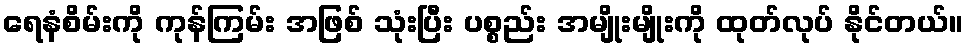
ရေနံစိမ်းကို ကုန်ကြမ်း အဖြစ် သုံးပြီး ပစ္စည်း အမျိုးမျိုးကို ထုတ်လုပ် နိုင်တယ်။